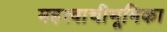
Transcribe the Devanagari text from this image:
महत्वाचीभूमिका